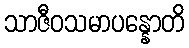
သာဇီဝသမာပန္နောတိ